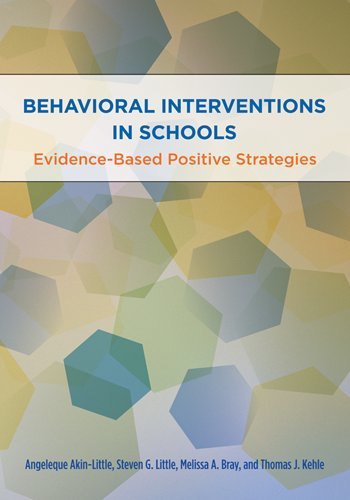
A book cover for Behavioral Interventions in Schools: Evidence-Based Postive Strategies (School Psychology (APA)); Science & Math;